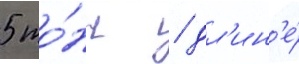
5 то́нн / дл'ин'е́